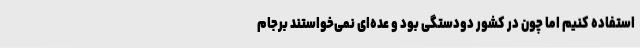
استفاده کنیم اما چون در کشور دودستگی بود و عده‌ای نمی‌خواستند برجام